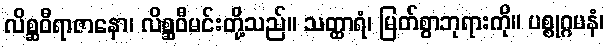
လိစ္ဆဝီရာဇာနော၊ လိစ္ဆဝီမင်းတို့သည်။ သတ္ထာရံ၊ မြတ်စွာဘုရားကို။ ပစ္စုဂ္ဂမနံ၊